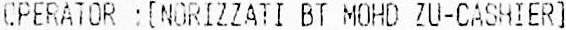
OPERATOR :[NORIZZATI BT MOHD ZU-CASHIER]